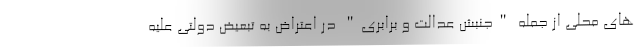
های محلی از جمله "جنبش عدالت و برابری" در اعتراض به تبعیض دولتی علیه